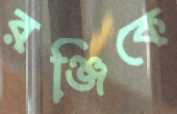
রঞ্জিকে